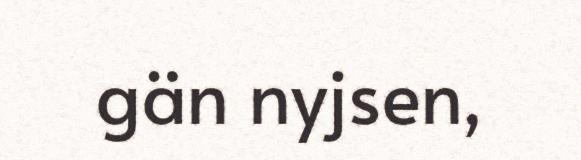
gän nyjsen,